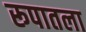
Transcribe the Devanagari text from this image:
रूपातला